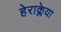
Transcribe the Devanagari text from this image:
हेराक्लेया